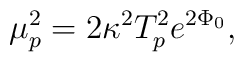
\mu_p ^2 = 2\kappa^2 T_p^2e^{2\Phi_0},